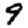
Digit: 9